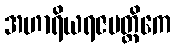
အဟာရိယရဇမတ္တိကေ